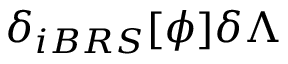
\delta _ { i B R S } [ \phi ] \delta \Lambda \protect